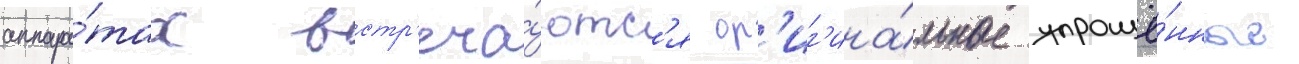
аппара́тах встр'еча́ютс'я ор'иг'ина́льные упрощё́нные